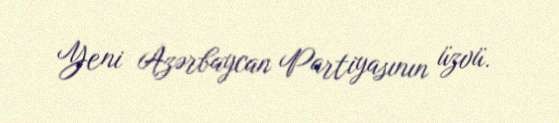
Yeni Azərbaycan Partiyasının üzvü.